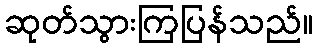
ဆုတ်သွားကြပြန်သည်။